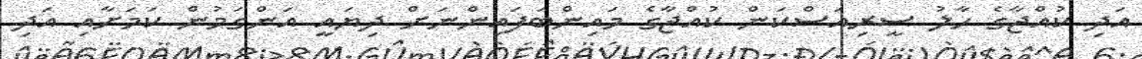
އަދި ކުއްޖާގެ ހާލު ސީރިއަސްކަން ކުއްޖާގެ މައިންބަފައިންނަށް ދިޔައީ އަންގަމުން ކަމަށާއި އަދި